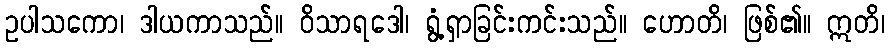
ဥပါသကော၊ ဒါယကာသည်။ ဝိသာရဒေါ၊ ရွံ့ရှာခြင်းကင်းသည်။ ဟောတိ၊ ဖြစ်၏။ ဣတိ၊